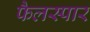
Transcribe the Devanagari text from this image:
फैलस्पार